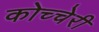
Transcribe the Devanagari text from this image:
कोच्चेरी